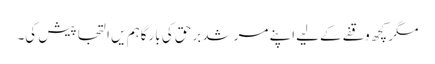
مگر کچھ وقفے کےلیے اپنے مرشد برحق کی بارگاہم یں التجا پیش کی۔